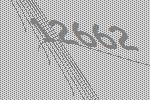
12662